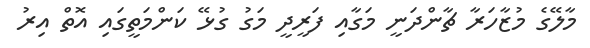
މާލޭގެ މުޒާހަރާ ޗާންދަނީ މަގާއި ފަރީދީ މަގު ގުޅޭ ކަންމަތީގައި އޮތް އިރު